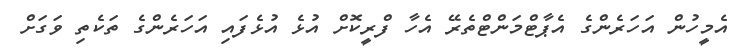
އެމީހުން އަހަރެންގެ އެޕާޓްމަންޓްތެރޭ އެހާ ފްރީކޮށް އުޅެ އުޅެފައި އަހަރެންގެ ތަކެތި ވަގަށް